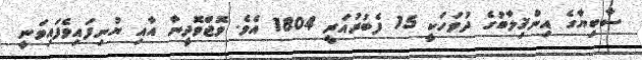
ސާބިޔާގެ އިންޤިލާބުގެ ދުވަހަކީ 15 ފެބުރުއަރީ 1804 އެވެ. ވޮޖްވޮދީނާ އާއި ޔުނިފައިވެފައިވަނީ